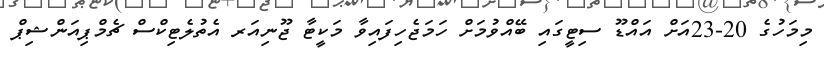
މިމަހުގެ 20-23އަށް އައްޑޫ ސިޓީގައި ބޭއްވުމަށް ހަމަޖެހިފައިވާ މަކީޓާ ޖޫނިއަރ އެތުލެޓިކްސް ޗެމްޕިއަންޝިޕް